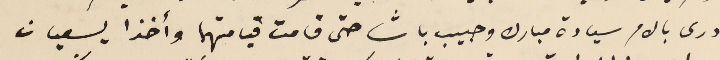
درى بالامر سيادة مبارك وحبيب باشا حتى قامت قيامتهما وأخذا يسعيان